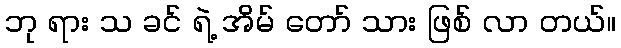
ဘု ရား သ ခင် ရဲ့ အိမ် တော် သား ဖြစ် လာ တယ်။